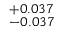
^ { + 0 . 0 3 7 } _ { - 0 . 0 3 7 }